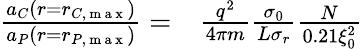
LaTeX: \begin{array}{rl}{\frac{a_{C}(r=r_{C,\mathrm{~m~a~x~}})}{a_{P}(r=r_{P,\mathrm{~m~a~x~}})}=}&{{}\frac{q^{2}}{4\pi m}\frac{\sigma_{0}}{L\sigma_{r}}\frac{N}{0.21\xi_{0}^{2}}}\end{array}